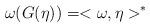
LaTeX: \begin{align*}\omega (G(\eta ))=<\omega ,\eta >^{\ast } \end{align*}